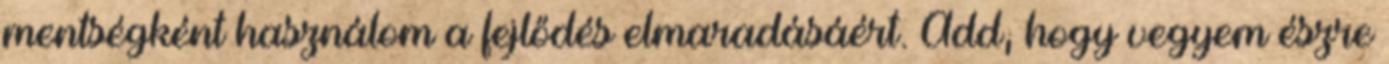
mentségként használom a fejlődés elmaradásáért. Add, hogy vegyem észre